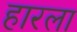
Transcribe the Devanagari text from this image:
हारला